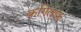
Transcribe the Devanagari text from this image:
कगिलाफ